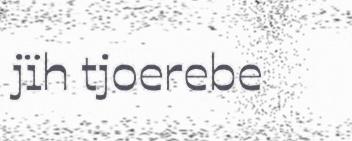
jïh tjoerebe